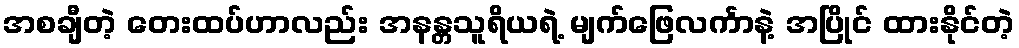
အစချီတဲ့ တေးထပ်ဟာလည်း အနန္တသူရိယရဲ့ မျက်ဖြေလင်္ကာနဲ့ အပြိုင် ထားနိုင်တဲ့